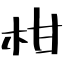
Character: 柑